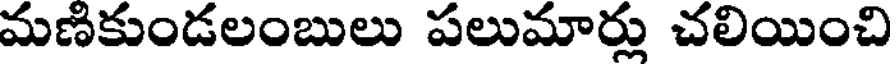
మణికుండలంబులు పలుమార్లు చలియించి